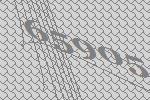
65905